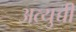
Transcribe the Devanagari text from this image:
अत्युच्ची